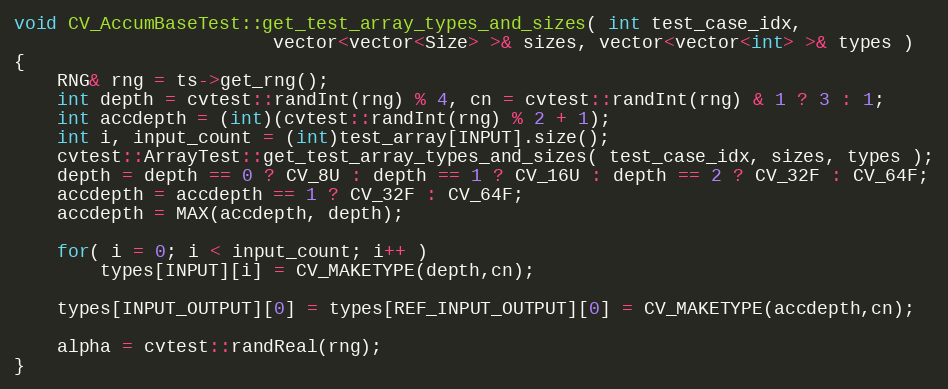
Language: C++
void CV_AccumBaseTest::get_test_array_types_and_sizes( int test_case_idx,
                        vector<vector<Size> >& sizes, vector<vector<int> >& types )
{
    RNG& rng = ts->get_rng();
    int depth = cvtest::randInt(rng) % 4, cn = cvtest::randInt(rng) & 1 ? 3 : 1;
    int accdepth = (int)(cvtest::randInt(rng) % 2 + 1);
    int i, input_count = (int)test_array[INPUT].size();
    cvtest::ArrayTest::get_test_array_types_and_sizes( test_case_idx, sizes, types );
    depth = depth == 0 ? CV_8U : depth == 1 ? CV_16U : depth == 2 ? CV_32F : CV_64F;
    accdepth = accdepth == 1 ? CV_32F : CV_64F;
    accdepth = MAX(accdepth, depth);

    for( i = 0; i < input_count; i++ )
        types[INPUT][i] = CV_MAKETYPE(depth,cn);

    types[INPUT_OUTPUT][0] = types[REF_INPUT_OUTPUT][0] = CV_MAKETYPE(accdepth,cn);

    alpha = cvtest::randReal(rng);
}